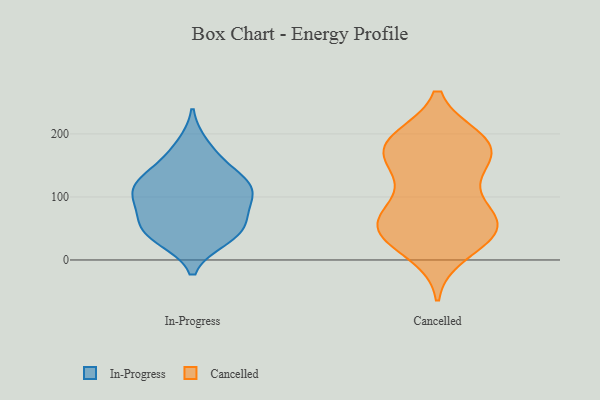
{"axis": {"x": "Inventory Turnover", "y": "Value"}, "legend": ["Cancelled", "In-Progress"], "data": [{"x": "", "y": 40, "type": "In-Progress"}, {"x": "", "y": 77, "type": "In-Progress"}, {"x": "", "y": 182, "type": "In-Progress"}, {"x": "", "y": 111, "type": "In-Progress"}, {"x": "", "y": 42, "type": "In-Progress"}, {"x": "", "y": 108, "type": "In-Progress"}, {"x": "", "y": 99, "type": "In-Progress"}, {"x": "", "y": 134, "type": "In-Progress"}, {"x": "", "y": 156, "type": "In-Progress"}, {"x": "", "y": 65, "type": "In-Progress"}, {"x": "", "y": 123, "type": "In-Progress"}, {"x": "", "y": 34, "type": "In-Progress"}, {"x": "", "y": 112, "type": "In-Progress"}, {"x": "", "y": 51, "type": "In-Progress"}, {"x": "", "y": 37, "type": "Cancelled"}, {"x": "", "y": 187, "type": "Cancelled"}, {"x": "", "y": 188, "type": "Cancelled"}, {"x": "", "y": 11, "type": "Cancelled"}, {"x": "", "y": 27, "type": "Cancelled"}, {"x": "", "y": 154, "type": "Cancelled"}, {"x": "", "y": 51, "type": "Cancelled"}, {"x": "", "y": 183, "type": "Cancelled"}, {"x": "", "y": 192, "type": "Cancelled"}, {"x": "", "y": 148, "type": "Cancelled"}, {"x": "", "y": 61, "type": "Cancelled"}, {"x": "", "y": 75, "type": "Cancelled"}, {"x": "", "y": 73, "type": "Cancelled"}, {"x": "", "y": 108, "type": "Cancelled"}, {"x": "", "y": 52, "type": "Cancelled"}, {"x": "", "y": 48, "type": "Cancelled"}, {"x": "", "y": 181, "type": "Cancelled"}, {"x": "", "y": 182, "type": "Cancelled"}, {"x": "", "y": 146, "type": "Cancelled"}, {"x": "", "y": 59, "type": "Cancelled"}]}